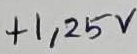
Text: +1,25V